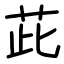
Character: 茈